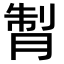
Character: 𦜗